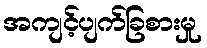
အကျင့်ပျက်ခြစားမှု